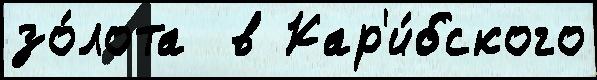
зо́лота  в Кар'и́бского